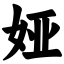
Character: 娅